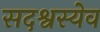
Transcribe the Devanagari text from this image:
सदश्वस्येव